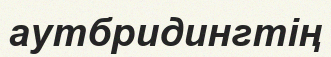
аутбридингтің